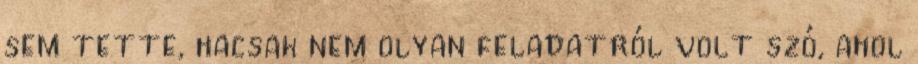
sem tette, hacsak nem olyan feladatról volt szó, ahol